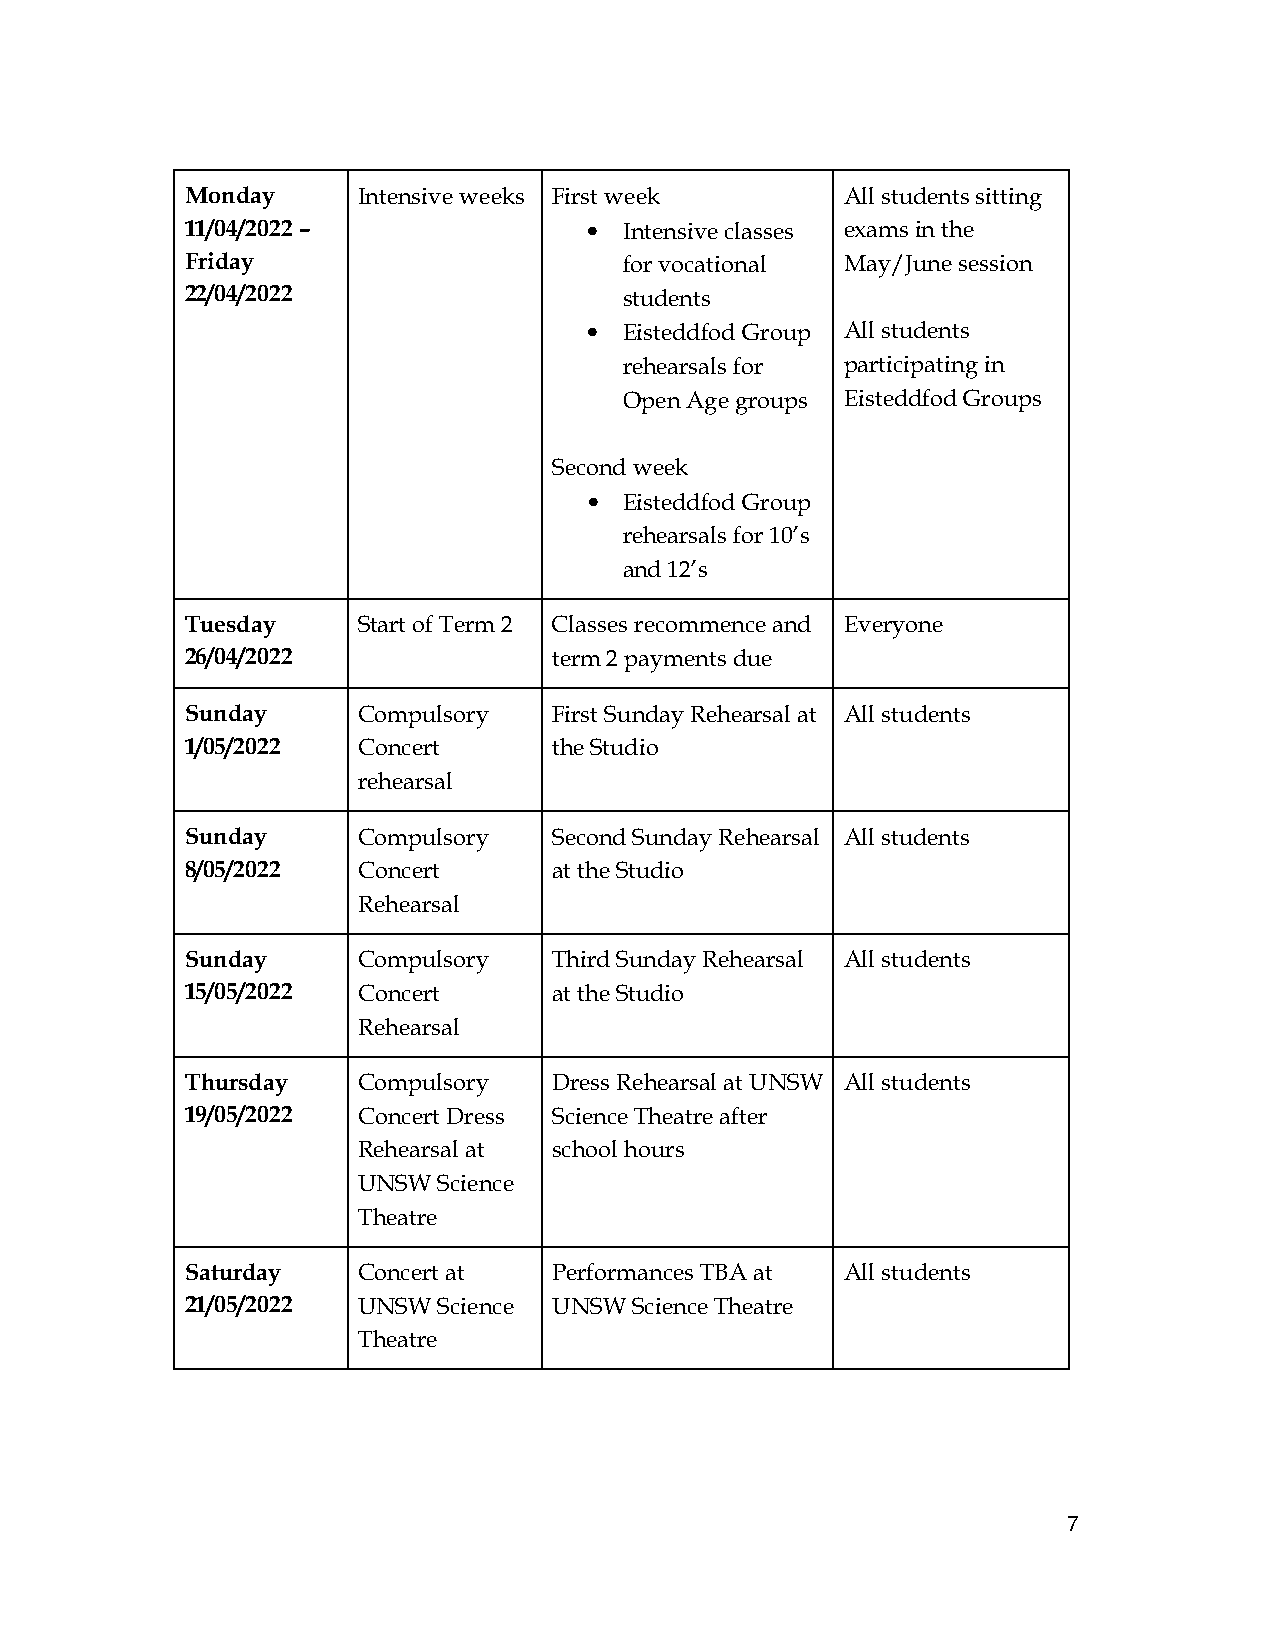
Monday      Intensive weeks First week      All students sitting
 11/04/2022 –               • Intensive classes exams in the
 Friday                       for vocational May/June session
 22/04/2022                   students
 • Eisteddfod Group All students
 rehearsals for participating in
 Open Age groups Eisteddfod Groups
 Second week
 •
 Eisteddfod Group
 rehearsals for 10’s
 and 12’s
 Tuesday     Start of Term 2 Classes recommence and Everyone
 26/04/2022               term 2 payments due
 Sunday      Compulsory   First Sunday Rehearsal at All students
 1/05/2022   Concert      the Studio
 rehearsal
 Sunday      Compulsory   Second Sunday Rehearsal All students
 8/05/2022   Concert      at the Studio
 Rehearsal
 Sunday      Compulsory   Third Sunday Rehearsal All students
 15/05/2022  Concert      at the Studio
 Rehearsal
 Thursday    Compulsory   Dress Rehearsal at UNSW All students
 19/05/2022  Concert Dress Science Theatre after
 Rehearsal at school hours
 UNSW Science
 Theatre
 Saturday    Concert at   Performances TBA at All students
 21/05/2022  UNSW Science UNSW Science Theatre
 Theatre
 7